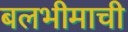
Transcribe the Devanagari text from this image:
बलभीमाची